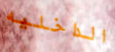
الداخليه